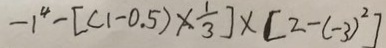
- 1 ^ { 4 } - [ ( 1 - 0 . 5 ) \times \frac { 1 } { 3 } ] \times [ 2 - ( - 3 ) ^ { 2 } ]